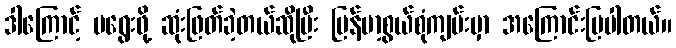
ဒါကြောင့် မရွေးဖို့ ဆုံးဖြတ်ခဲ့တယ်ဆိုပြီး မြန်မာ့စွယ်စုံကျမ်းမှာ အကြောင်းပြပါတယ်။